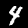
Digit: 4